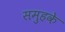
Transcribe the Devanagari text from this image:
समुहके